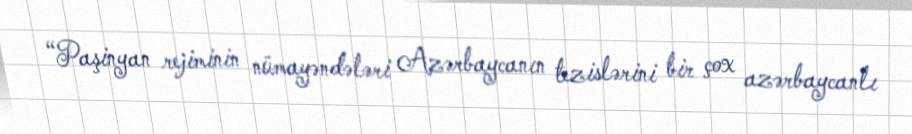
“Paşinyan rejiminin nümayəndələri Azərbaycanın tezislərini bir çox azərbaycanlı